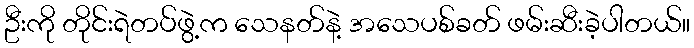
ဦးကို တိုင်းရဲတပ်ဖွဲ့က သေနတ်နဲ့ အသေပစ်ခတ် ဖမ်းဆီးခဲ့ပါတယ်။